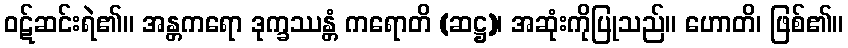
ဝဋ်ဆင်းရဲ၏။ အန္တကရော ဒုက္ခဿန္တံ ကရောတိ (ဆဋ္ဌ)၊ အဆုံးကိုပြုသည်။ ဟောတိ၊ ဖြစ်၏။